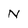
Character: N